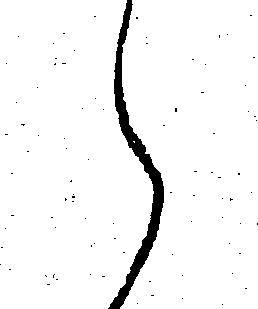
え